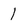
Character: 1